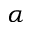
\alpha